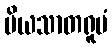
ပိယသာတရူပံ